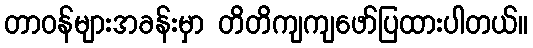
တာဝန်များအခန်းမှာ တိတိကျကျဖော်ပြထားပါတယ်။